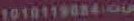
1010119084-00